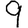
Digit: 9